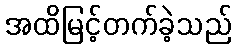
အထိမြင့်တက်ခဲ့သည်